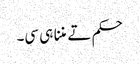
حکم تے مننا ہی سی۔